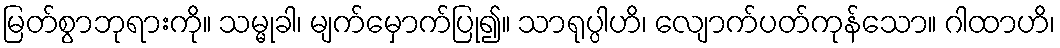
မြတ်စွာဘုရားကို။ သမ္မုခါ၊ မျက်မှောက်ပြု၍။ သာရုပ္ပါဟိ၊ လျောက်ပတ်ကုန်သော။ ဂါထာဟိ၊